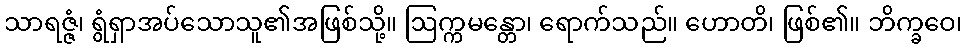
သာရဇ္ဇံ၊ ရွံရှာအပ်သောသူ၏အဖြစ်သို့။ ဩက္ကမန္တော၊ ရောက်သည်။ ဟောတိ၊ ဖြစ်၏။ ဘိက္ခဝေ၊